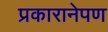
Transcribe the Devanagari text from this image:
प्रकारानेपण